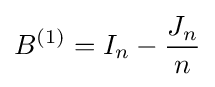
B^{(1)}=I_{n}-{\frac {J_{n}}{n}}